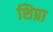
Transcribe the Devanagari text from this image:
शिप्रा